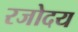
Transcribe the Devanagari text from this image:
रजोदय